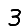
Digit: 3